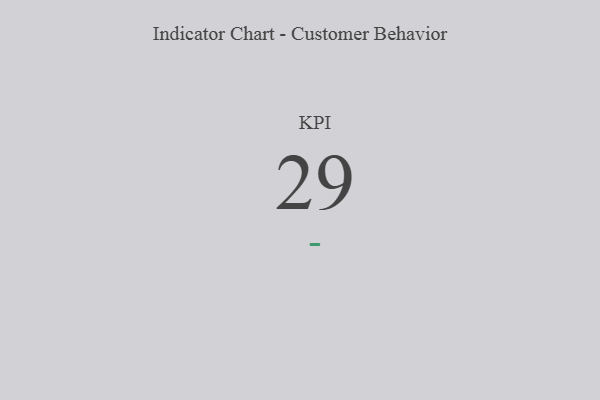
{"axis": {"x": "KPI", "y": "Value"}, "legend": [""], "data": [{"x": "KPI", "y": 29, "type": ""}]}